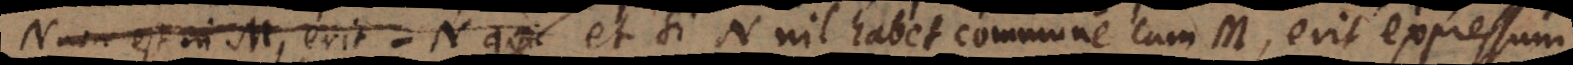
non est in M, erit − N quic et si N nil habet commune cum M, erit expressum